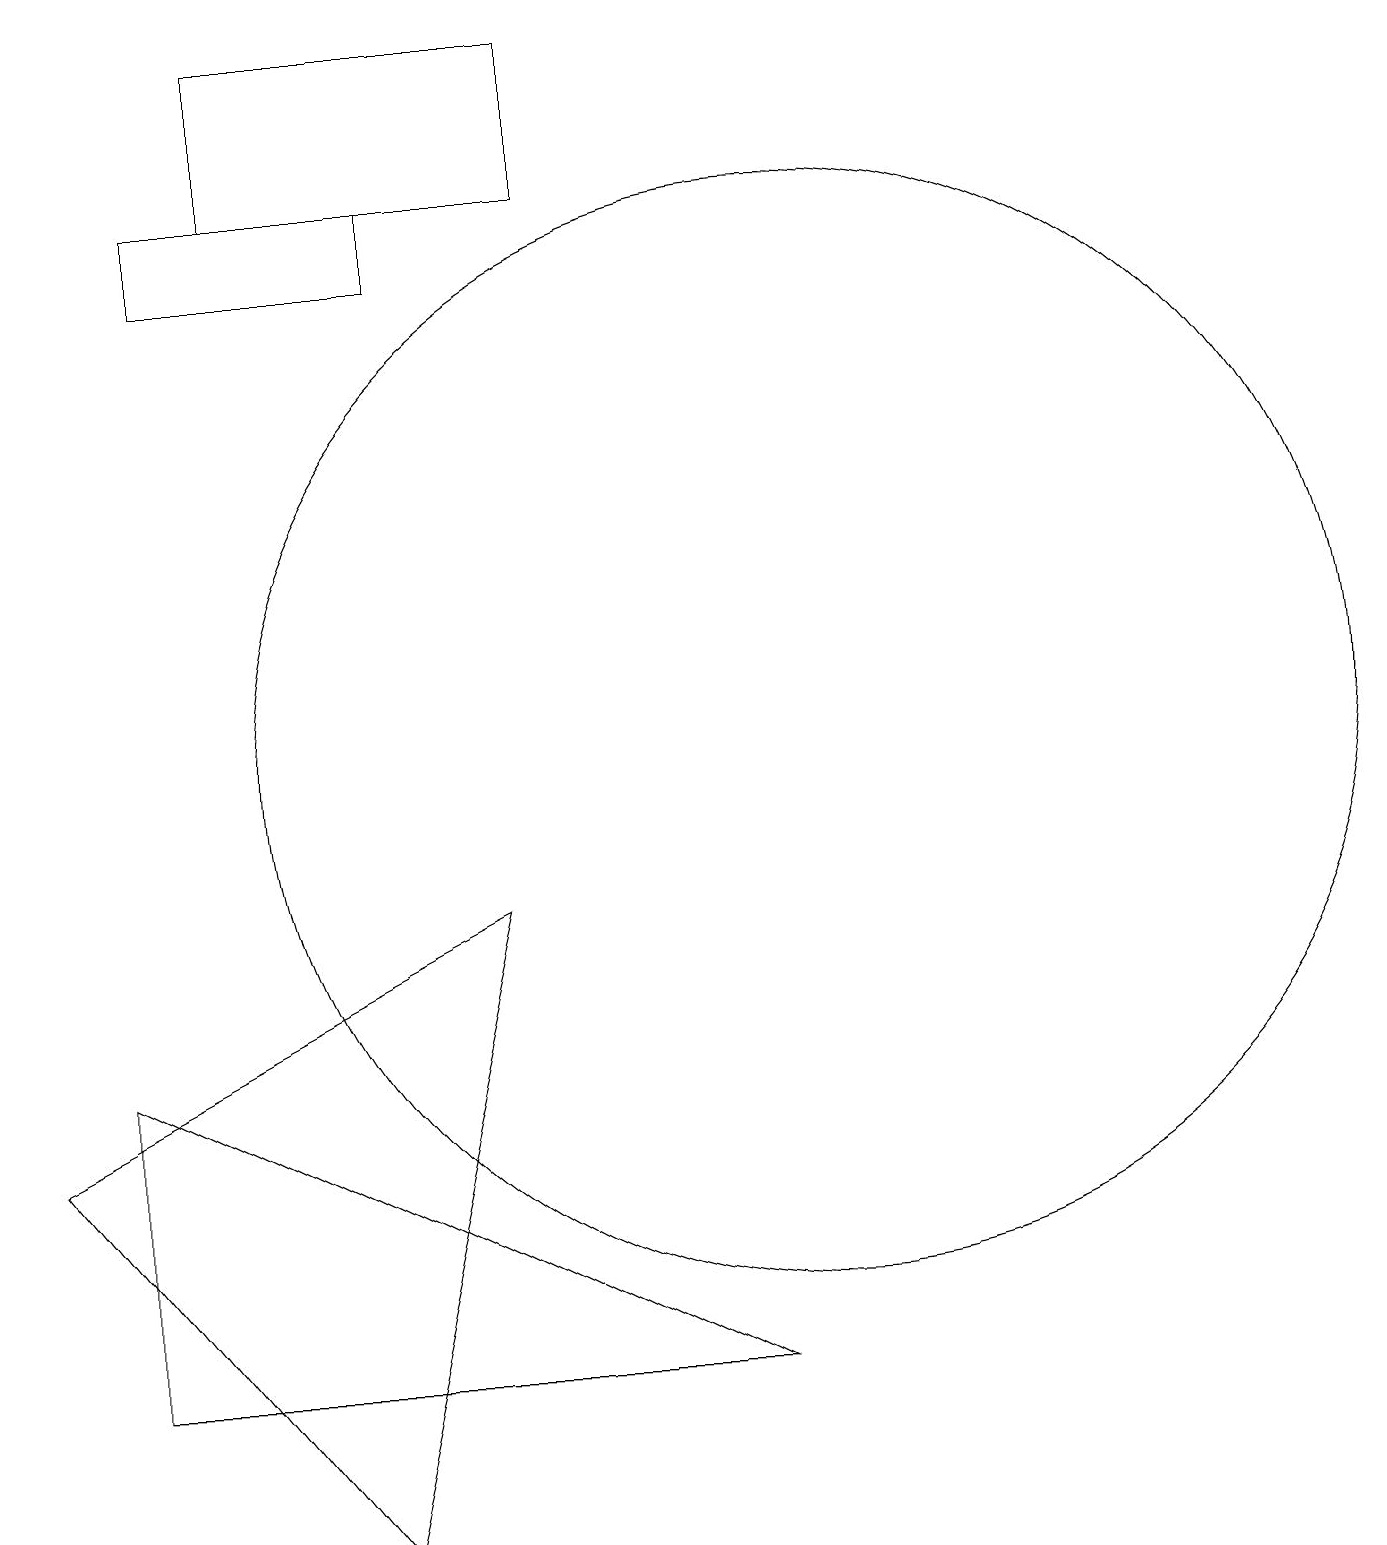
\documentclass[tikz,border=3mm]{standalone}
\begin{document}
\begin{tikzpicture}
\draw (4,0) -- (6,8) -- (0,5) -- cycle;
\draw (10,10) circle (7);
\draw (9,2) -- (1,6) -- (1,2) -- cycle;
\draw (7,19) rectangle (3,17);
\draw (2,16) rectangle (5,17);
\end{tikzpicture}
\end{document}